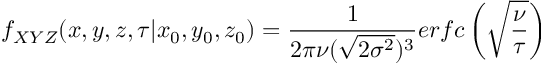
f _ { X Y Z } ( x , y , z , \tau \vert x _ { 0 } , y _ { 0 } , z _ { 0 } ) = \frac { 1 } { 2 \pi \nu ( \sqrt { 2 \sigma ^ { 2 } } ) ^ { 3 } } e r f c \left( \sqrt { \frac { \nu } { \tau } } \right)